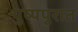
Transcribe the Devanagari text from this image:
पुष्पपुरात